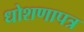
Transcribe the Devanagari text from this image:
धोशणापत्र